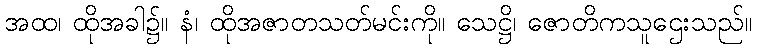
အထ၊ ထိုအခါ၌။ နံ၊ ထိုအဇာတသတ်မင်းကို။ သေဋ္ဌိ၊ ဇောတိကသူဌေးသည်။